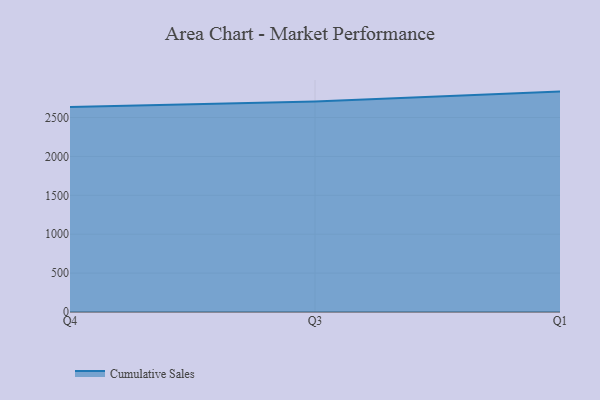
{"axis": {"x": "Quarter", "y": "Backlog"}, "legend": ["Cumulative Sales"], "data": [{"x": "Q4", "y": 2635.2, "type": "Cumulative Sales"}, {"x": "Q3", "y": 2705.4, "type": "Cumulative Sales"}, {"x": "Q1", "y": 2833.6, "type": "Cumulative Sales"}]}